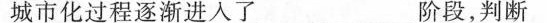
城市化过程逐渐进入了_____阶段，判断